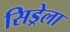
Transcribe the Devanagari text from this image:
सिड्रेला